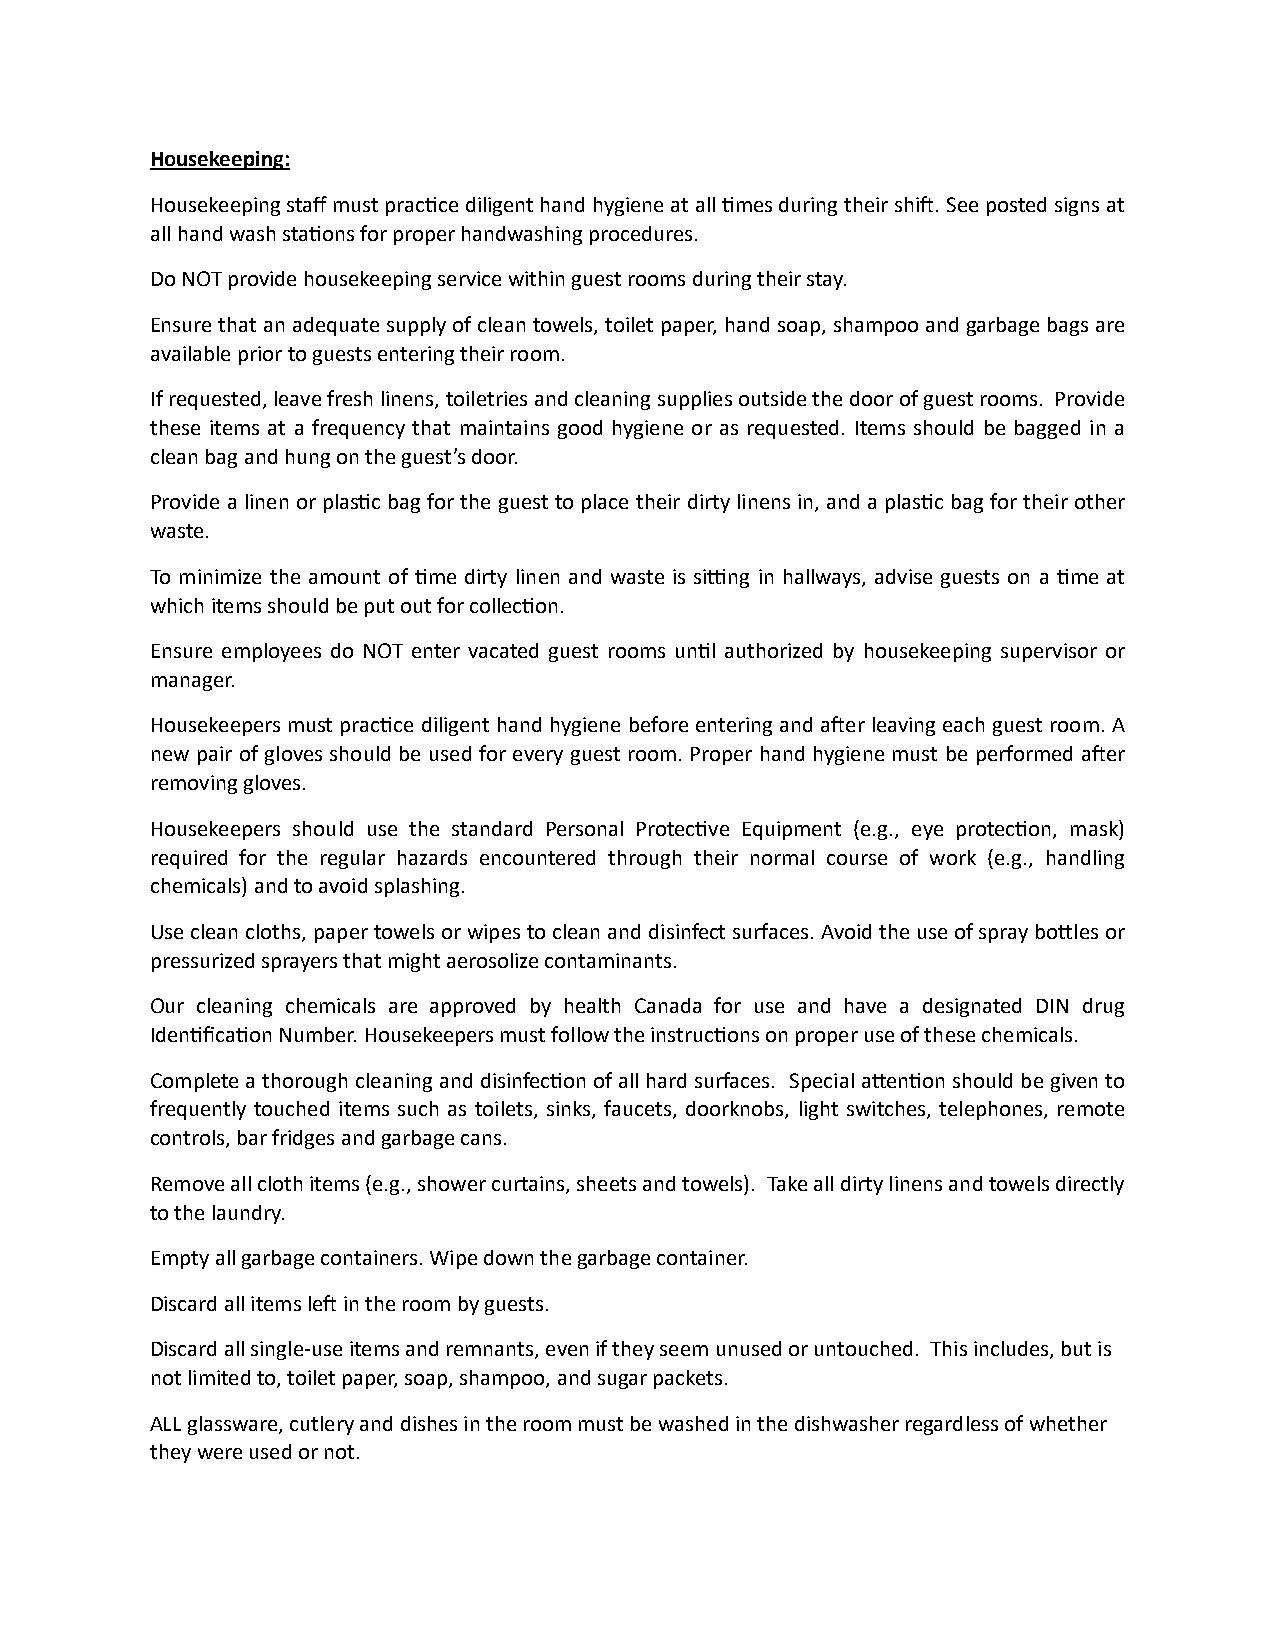
Housekeeping:
 Housekeeping staff must pracEce diligent hand hygiene at all Emes during their shie. See posted signs at
 all hand wash staEons for proper handwashing procedures.
 Do NOT provide housekeeping service within guest rooms during their stay.
 Ensure that an adequate supply of clean towels, toilet paper, hand soap, shampoo and garbage bags are
 available prior to guests entering their room.
 If requested, leave fresh linens, toiletries and cleaning supplies outside the door of guest rooms. Provide
 these items at a frequency that maintains good hygiene or as requested. Items should be bagged in a
 clean bag and hung on the guest’s door.
 Provide a linen or plasEc bag for the guest to place their dirty linens in, and a plasEc bag for their other
 waste.
 To minimize the amount of Eme dirty linen and waste is si_ng in hallways, advise guests on a Eme at
 which items should be put out for collecEon.
 Ensure employees do NOT enter vacated guest rooms unEl authorized by housekeeping supervisor or
 manager.
 Housekeepers must pracEce diligent hand hygiene before entering and aeer leaving each guest room. A
 new pair of gloves should be used for every guest room. Proper hand hygiene must be performed aeer
 removing gloves.
 Housekeepers should use the standard Personal ProtecEve Equipment (e.g., eye protecEon, mask)
 required for the regular hazards encountered through their normal course of work (e.g., handling
 chemicals) and to avoid splashing.
 Use clean cloths, paper towels or wipes to clean and disinfect surfaces. Avoid the use of spray boTles or
 pressurized sprayers that might aerosolize contaminants.
 Our cleaning chemicals are approved by health Canada for use and have a designated DIN drug
 IdenEficaEon Number. Housekeepers must follow the instrucEons on proper use of these chemicals.
 Complete a thorough cleaning and disinfecEon of all hard surfaces. Special aTenEon should be given to
 frequently touched items such as toilets, sinks, faucets, doorknobs, light switches, telephones, remote
 controls, bar fridges and garbage cans.
 Remove all cloth items (e.g., shower curtains, sheets and towels). Take all dirty linens and towels directly
 to the laundry.
 Empty all garbage containers. Wipe down the garbage container.
 Discard all items lee in the room by guests.
 Discard all single-use items and remnants, even if they seem unused or untouched. This includes, but is
 not limited to, toilet paper, soap, shampoo, and sugar packets.
 ALL glassware, cutlery and dishes in the room must be washed in the dishwasher regardless of whether
 they were used or not.